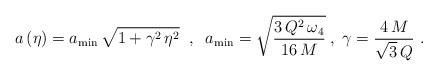
LaTeX: \begin{align*}a \left( \eta \right) = a_{\rm min} \, \sqrt{1+ \gamma^2 \, \eta^2} \;\;,\;\; a_{\rm min} = \sqrt{\frac{3 \, Q^2 \, \omega_4}{16 \, M}}\;,\; \gamma=\frac{4\,M}{\sqrt{3}\,Q} \,\,.\end{align*}